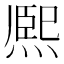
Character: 熈